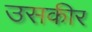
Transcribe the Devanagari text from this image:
उसकीर